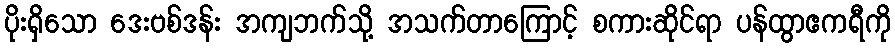
ပိုးရှိသော ဒေးဗစ်ဒန်း အကျဘက်သို့ အသက်တာကြောင့် စကားဆိုင်ရာ ပန်ထွာဧကရီကို